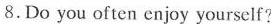
8.Do you often enjoy yourself?